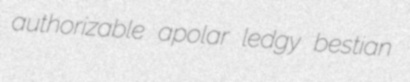
authorizable apolar ledgy bestian